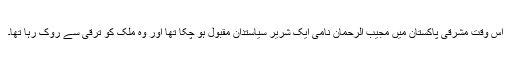
اس وقت مشرقی پاکستان میں مجیب الرحمان نامی ایک شریر سیاستدان مقبول ہو چکا تھا اور وہ ملک کو ترقی سے روک رہا تھا۔